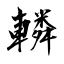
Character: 轔